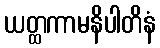
ယတ္ထကာမနိပါတိနံ